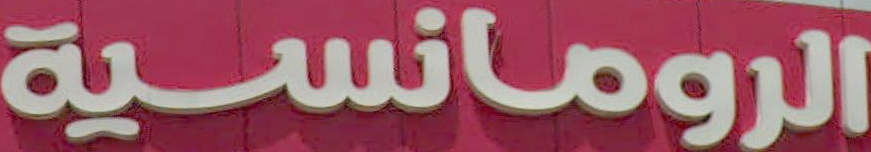
الرومانسية